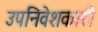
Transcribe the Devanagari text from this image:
उपनिवेशकारी